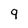
Character: 9